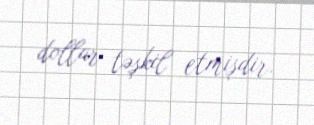
dollar təşkil etmişdir.